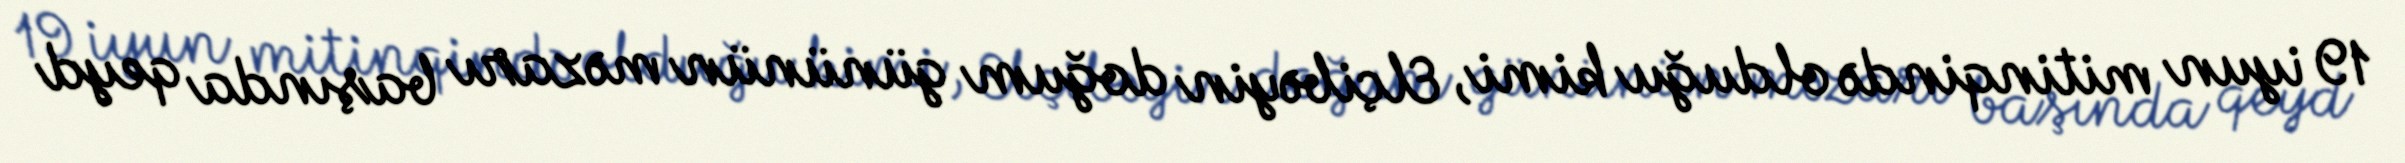
19 iyun mitinqində olduğu kimi, Elçibəyin doğum gününün məzarı başında qeyd